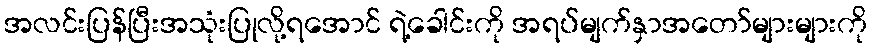
အလင်းပြန်ပြီးအသုံးပြုလို့ရအောင် ရဲ့ခေါင်းကို အရပ်မျက်နှာအတော်များများကို